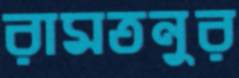
রামতনুর